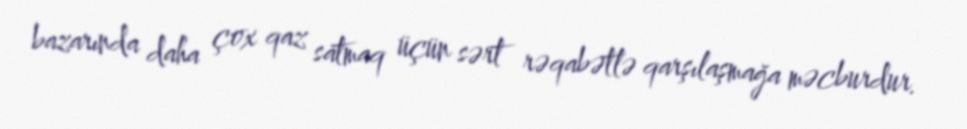
bazarında daha çox qaz satmaq üçün sərt rəqabətlə qarşılaşmağa məcburdur.